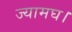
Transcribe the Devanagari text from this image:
ज्यामघ।